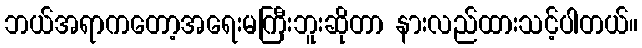
ဘယ်အရာကတော့အရေးမကြီးဘူးဆိုတာ နားလည်ထားသင့်ပါတယ်။